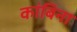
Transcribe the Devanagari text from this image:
कांबिना